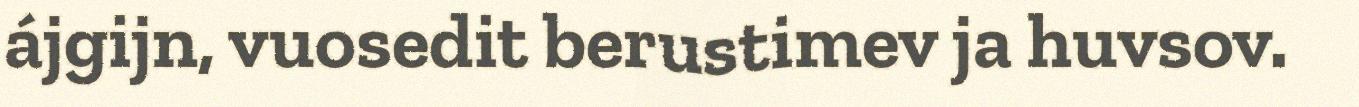
ájgijn, vuosedit berustimev ja huvsov.